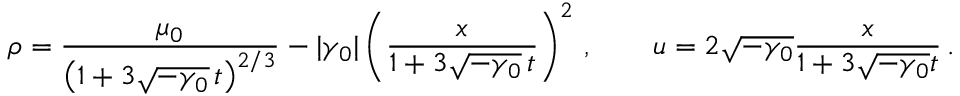
\rho = \frac { \mu _ { 0 } } { \left( 1 + 3 \sqrt { - \gamma _ { 0 } } \, t \right) ^ { 2 / 3 } } - | \gamma _ { 0 } | \left( \frac { x } { 1 + 3 \sqrt { - \gamma _ { 0 } } \, t } \right) ^ { 2 } \, , \qquad u = 2 \sqrt { - \gamma _ { 0 } } \frac { x } { 1 + 3 \sqrt { - \gamma _ { 0 } } t } \, .